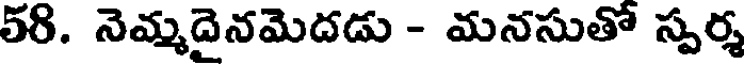
58. నెమ్మదైనమెదడు - మనసుతో స్పర్శ